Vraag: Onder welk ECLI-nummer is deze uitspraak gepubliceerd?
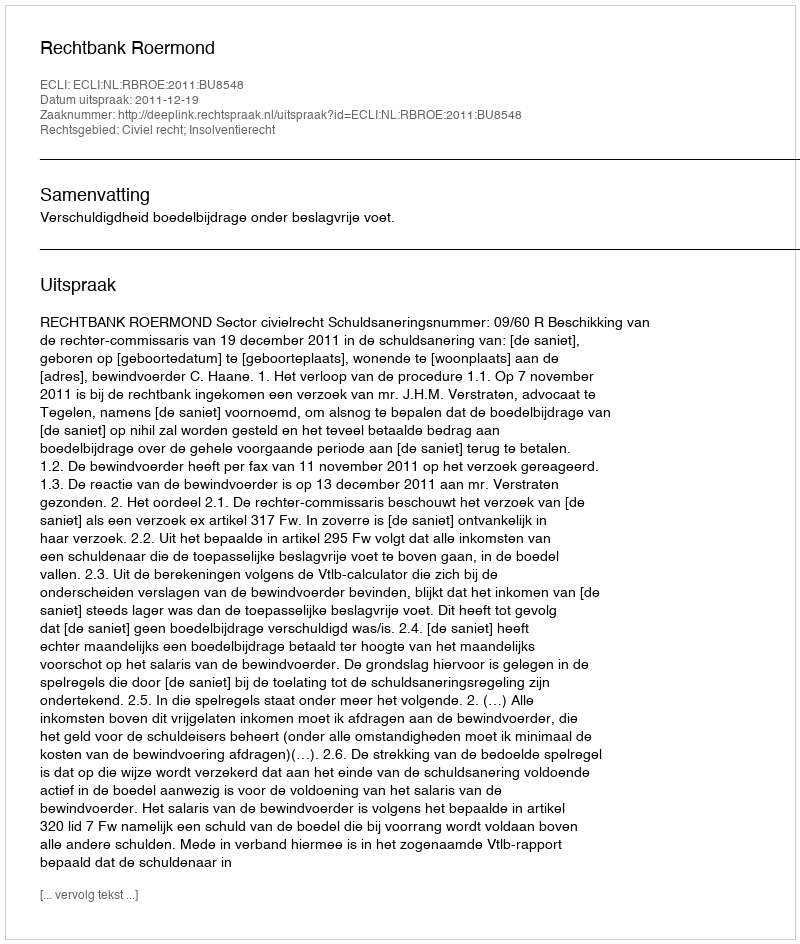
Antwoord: ECLI:NL:RBROE:2011:BU8548